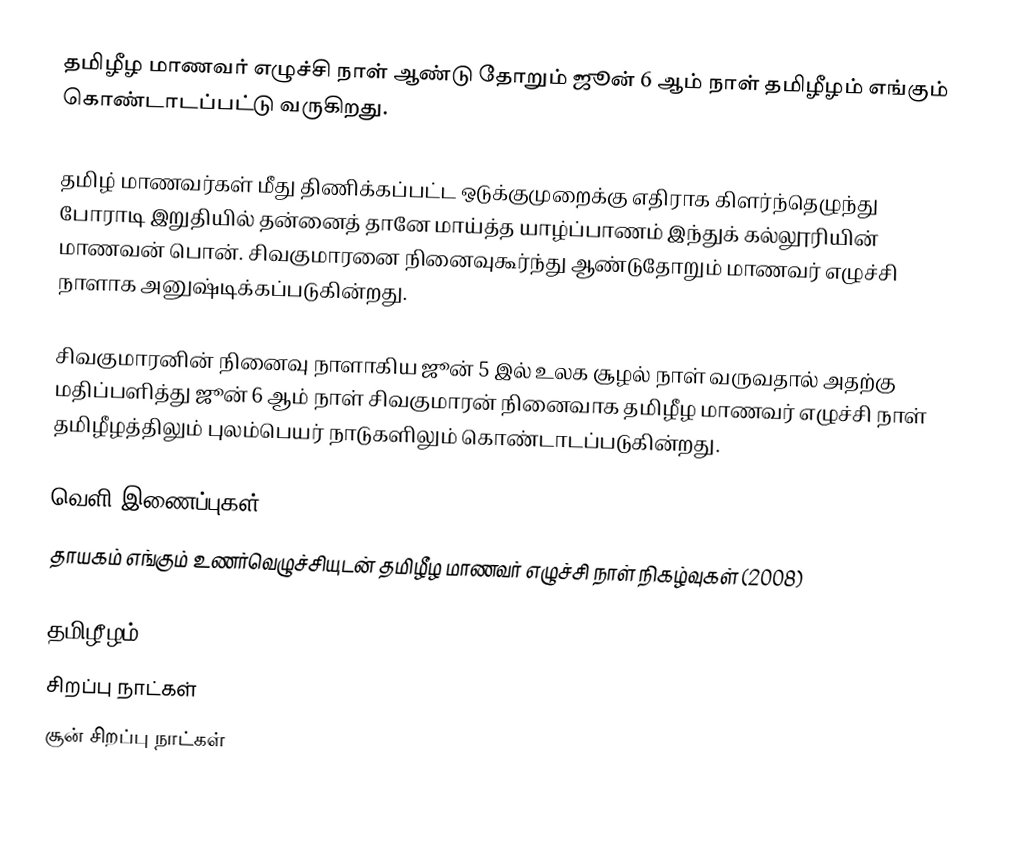
தமிழீழ மாணவர் எழுச்சி நாள் ஆண்டு தோறும் ஜூன் 6 ஆம் நாள் தமிழீழம் எங்கும் கொண்டாடப்பட்டு வருகிறது.

தமிழ் மாணவர்கள் மீது திணிக்கப்பட்ட ஒடுக்குமுறைக்கு எதிராக கிளர்ந்தெழுந்து போராடி இறுதியில் தன்னைத் தானே மாய்த்த யாழ்ப்பாணம் இந்துக் கல்லூரியின் மாணவன் பொன். சிவகுமாரனை நினைவுகூர்ந்து ஆண்டுதோறும் மாணவர் எழுச்சி நாளாக அனுஷ்டிக்கப்படுகின்றது.

சிவகுமாரனின் நினைவு நாளாகிய ஜூன் 5 இல் உலக சூழல் நாள் வருவதால் அதற்கு மதிப்பளித்து ஜூன் 6 ஆம் நாள் சிவகுமாரன் நினைவாக தமிழீழ மாணவர் எழுச்சி நாள் தமிழீழத்திலும் புலம்பெயர் நாடுகளிலும் கொண்டாடப்படுகின்றது.

வெளி இணைப்புகள்
 தாயகம் எங்கும் உணர்வெழுச்சியுடன் தமிழீழ மாணவர் எழுச்சி நாள் நிகழ்வுகள் (2008)

தமிழீழம்
சிறப்பு நாட்கள்
சூன் சிறப்பு நாட்கள்